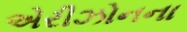
એરીઝોનના